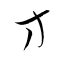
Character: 方